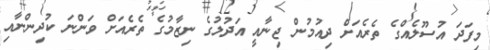
މިފަދަ އުސޫލެއްގެ ތެރެއަށް ދިއުމުން ޖިނާއީ އަދުލުގެ ނިޒާމުގެ ތެރެއަށް ވަންނަ ކުދިންނާއި